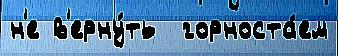
н'е в'ерну́ть  горноста́ем